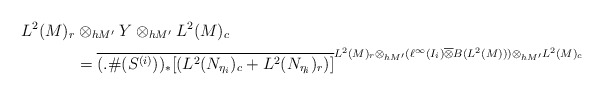
\begin{align*}L^2(M)_r&\otimes_{hM'}Y\otimes_{hM'}L^2(M)_c\\&=\overline{(.\#(S^{(i)}))_*[(L^2(N_{\eta_i})_c+ L^2(N_{\eta_i})_r)]}^{L^2(M)_r\otimes_{h M'}(\ell^{\infty}(I_i)\overline{\otimes} B(L^2(M)))\otimes_{h M'}L^2(M)_c} \end{align*}